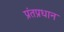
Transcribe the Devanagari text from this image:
प्रंतप्रधान